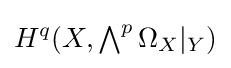
H^{q}(X,\textstyle \bigwedge ^{p}\Omega _{X}|_{Y})